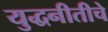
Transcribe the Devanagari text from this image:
युद्धनीतीचे